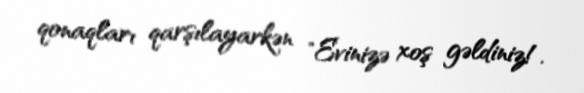
qonaqları qarşılayarkən "Evinizə xoş gəldiniz!.